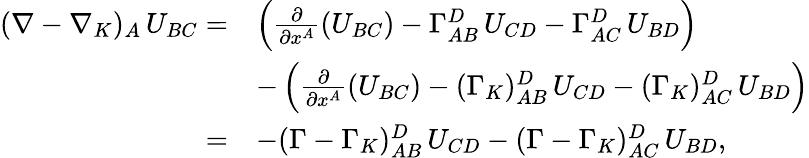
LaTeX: \begin{array}{rl}{(\nabla-\nabla_{K})_{A}\, U_{BC}=}&{\left(\frac{{\partial}}{{\partial}x^{A}}(U_{BC})-\Gamma_{AB}^{D}\, U_{CD}-\Gamma_{AC}^{D}\, U_{BD}\right)}\\ &{-\left(\frac{{\partial}}{{\partial}x^{A}}(U_{BC})-(\Gamma_{K})_{AB}^{D}\, U_{CD}-(\Gamma_{K})_{AC}^{D}\, U_{BD}\right)}\\ {=}&{-(\Gamma-\Gamma_{K})_{AB}^{D}\, U_{CD}-(\Gamma-\Gamma_{K})_{AC}^{D}\, U_{BD},}\end{array}